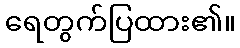
ရေတွက်ပြထား၏။